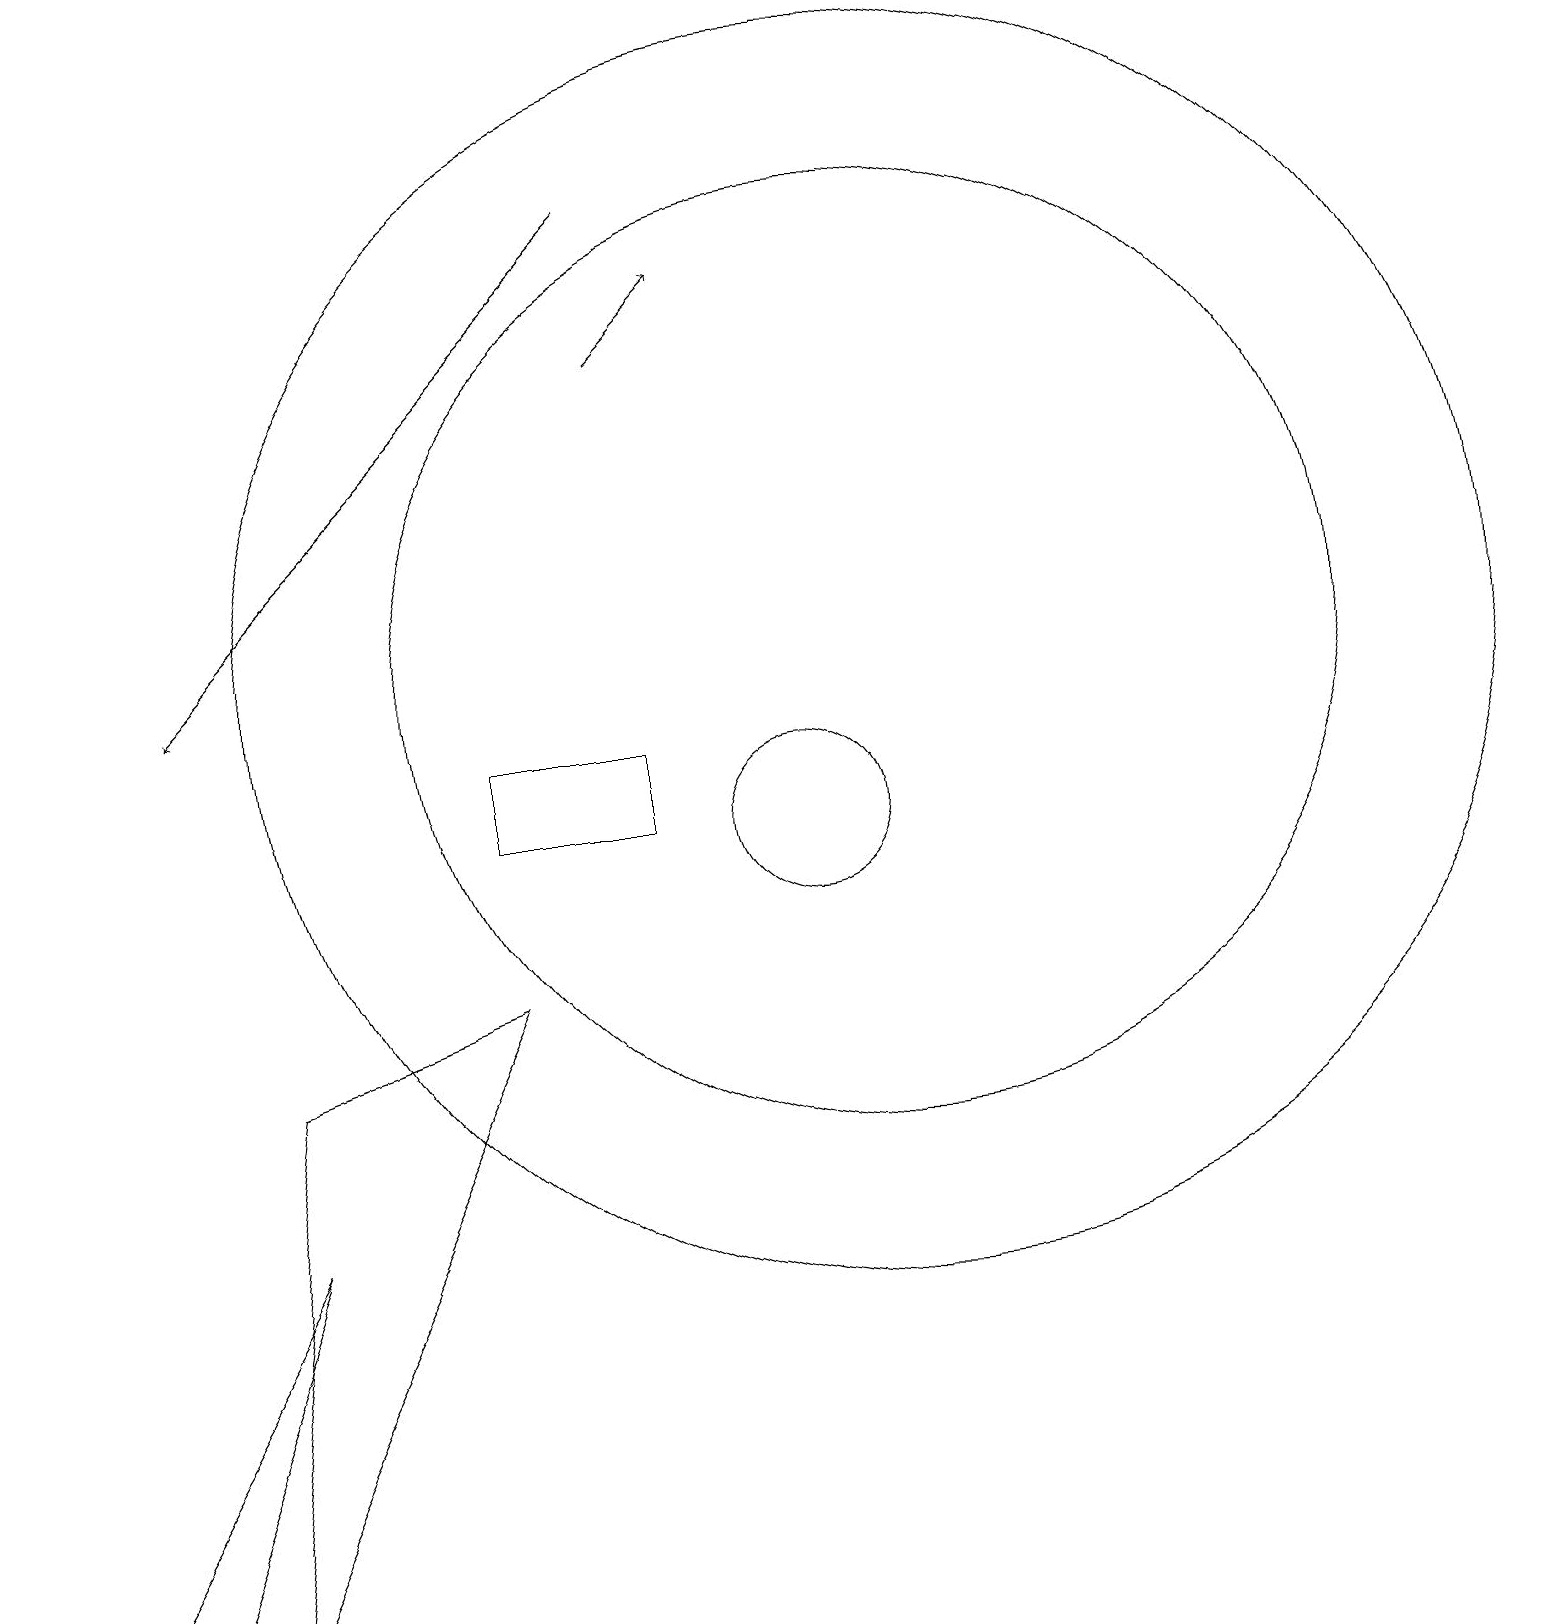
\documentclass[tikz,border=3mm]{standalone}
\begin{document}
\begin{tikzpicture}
\draw (10,10) circle (1);
\draw (6,10) rectangle (8,11);
\draw[->] (8,16) -- (9,17);
\draw[->] (8,18) -- (2,12);
\draw (6,8) -- (2,0) -- (3,7) -- cycle;
\draw (11,12) circle (6);
\draw (0,0) -- (1,0) -- (3,5) -- cycle;
\draw (11,12) circle (8);
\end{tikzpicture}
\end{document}